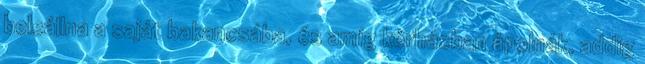
beleállna a saját bakancsába, és amíg kórházban ápolnák, addig